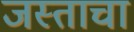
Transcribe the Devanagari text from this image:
जस्ताचा